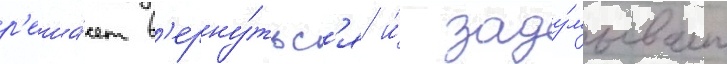
р'еша́ет в'ерну́тьс'я и́ заду́мывает